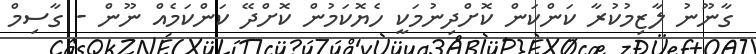
ގާނޫނު ލާޒިމުކުރާ ކަންކަން ކޮށްދިނުމަކީ ހެޔޮކަމުން ކޮށްދޭ ކަންކަމެއް ނޫން - ގާސިމް